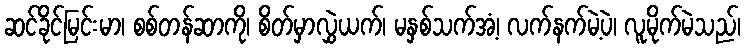
ဆင်ခိုင်မြင်းမာ၊ စစ်တန်ဆာကို၊ စိတ်မှာလွှဲယက်၊ မနှစ်သက်အံ့၊ လက်နက်မဲ့ပဲ၊ လူမိုက်မဲသည်၊